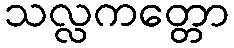
သလ္လကတ္တော